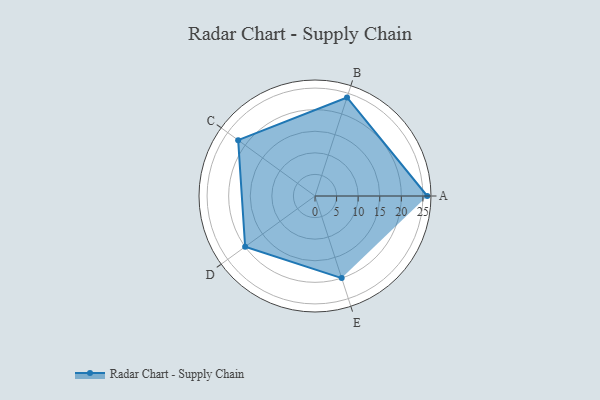
{"axis": {"x": "Skill", "y": "Score"}, "legend": ["Profile"], "data": [{"x": "A", "y": 26.0, "type": "Profile"}, {"x": "B", "y": 24.0, "type": "Profile"}, {"x": "C", "y": 22.0, "type": "Profile"}, {"x": "D", "y": 20, "type": "Profile"}, {"x": "E", "y": 20, "type": "Profile"}]}